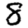
Digit: 8